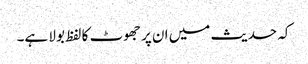
کہ حدیث میں ان پر جھوٹ کا لفظ بولا ہے۔